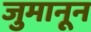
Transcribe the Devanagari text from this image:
जुमानून